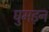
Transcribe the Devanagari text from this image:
घुमड़न